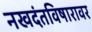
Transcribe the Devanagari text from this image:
नखदंतविषारावर